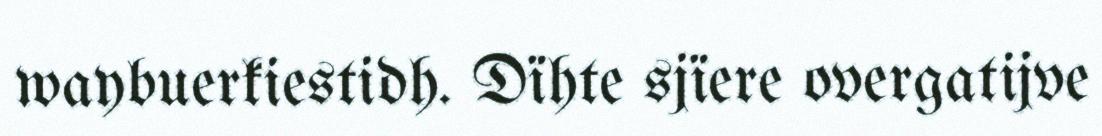
waybuerkiestidh. Dïhte sjïere overgatijve